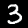
Label: 3